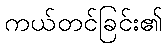
ကယ်တင်ခြင်း၏